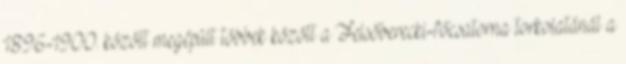
1896-1900. között megépült többek között a Felsőberecki-főcsatorna torkolatánál a